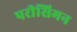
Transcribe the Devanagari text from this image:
परीसिमन